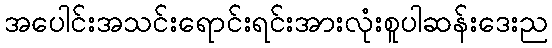
အပေါင်းအသင်းရောင်းရင်းအားလုံးစူပါဆန်းဒေးည